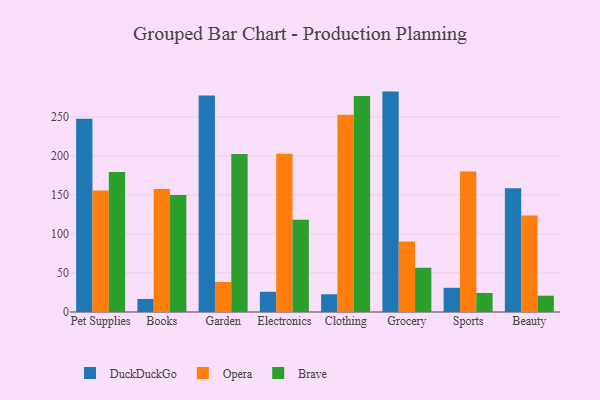
{"axis": {"x": "Category", "y": "Humidity (%)"}, "legend": ["Brave", "DuckDuckGo", "Opera"], "data": [{"x": "Pet Supplies", "y": 247.5, "type": "DuckDuckGo"}, {"x": "Pet Supplies", "y": 155.6, "type": "Opera"}, {"x": "Pet Supplies", "y": 179.4, "type": "Brave"}, {"x": "Books", "y": 16.7, "type": "DuckDuckGo"}, {"x": "Books", "y": 157.7, "type": "Opera"}, {"x": "Books", "y": 150.0, "type": "Brave"}, {"x": "Garden", "y": 277.4, "type": "DuckDuckGo"}, {"x": "Garden", "y": 38.4, "type": "Opera"}, {"x": "Garden", "y": 202.5, "type": "Brave"}, {"x": "Electronics", "y": 25.9, "type": "DuckDuckGo"}, {"x": "Electronics", "y": 202.8, "type": "Opera"}, {"x": "Electronics", "y": 118.3, "type": "Brave"}, {"x": "Clothing", "y": 22.7, "type": "DuckDuckGo"}, {"x": "Clothing", "y": 252.8, "type": "Opera"}, {"x": "Clothing", "y": 276.6, "type": "Brave"}, {"x": "Grocery", "y": 282.3, "type": "DuckDuckGo"}, {"x": "Grocery", "y": 90.2, "type": "Opera"}, {"x": "Grocery", "y": 56.7, "type": "Brave"}, {"x": "Sports", "y": 31.0, "type": "DuckDuckGo"}, {"x": "Sports", "y": 180.1, "type": "Opera"}, {"x": "Sports", "y": 24.4, "type": "Brave"}, {"x": "Beauty", "y": 158.5, "type": "DuckDuckGo"}, {"x": "Beauty", "y": 123.7, "type": "Opera"}, {"x": "Beauty", "y": 20.9, "type": "Brave"}]}